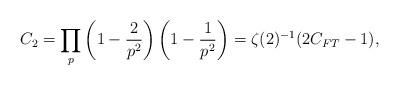
LaTeX: \begin{align*}C_2=\prod_p \left( 1-\frac{2}{p^2}\right) \left(1-\frac{1}{p^2}\right)=\zeta(2)^{-1}(2C_{FT}-1),\end{align*}